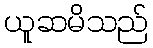
ယူဆမိသည်